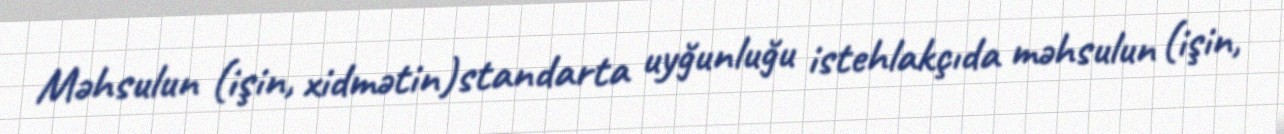
Məhsulun (işin, xidmətin)standarta uyğunluğu istehlakçıda məhsulun (işin,